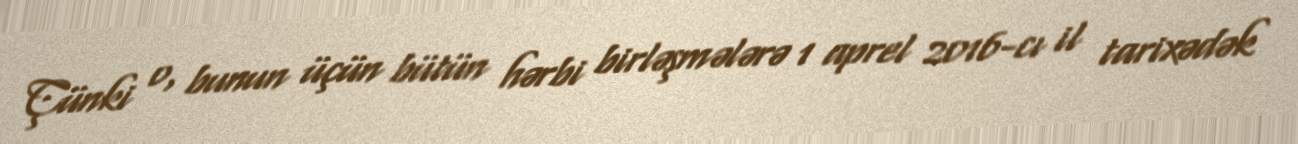
Çünki o, bunun üçün bütün hərbi birləşmələrə 1 aprel 2016-cı il tarixədək